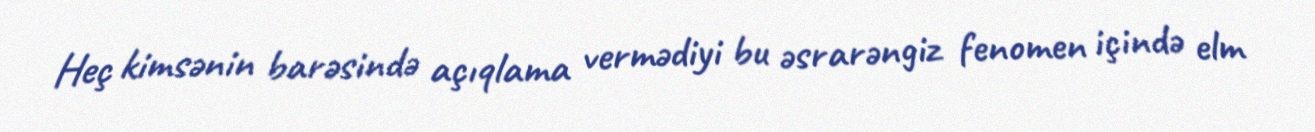
Heç kimsənin barəsində açıqlama vermədiyi bu əsrarəngiz fenomen içində elm